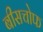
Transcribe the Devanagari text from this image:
बीसचोफ